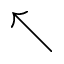
\nwarrow